Scientific memoirs by medical officers of the Army of India - Part VIII,
Year: 1894
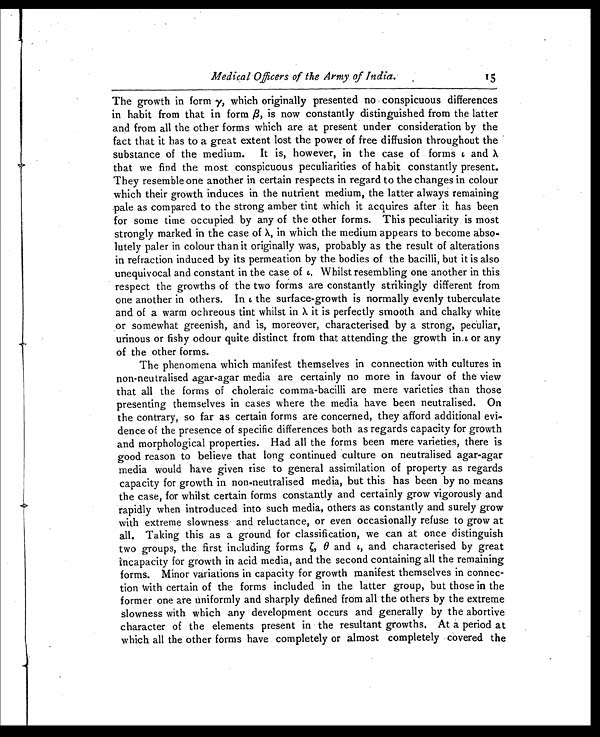
Medical Officers of the Army of India.
1 5
The growth in form γ, which originally presented no conspicuous differences
in habit from that in form β is now constantly distinguished from the latter
and from all the other forms which are at present under consideration by the
fact that it has to a great extent lost the power of free diffusion throughout the
substance of the medium. It is, however, in the case of forms ι and λ
that we find the most.conspicuous peculiarities of habit constantly present.
They resemble one another in certain respects in regard to the changes in colour
which their growth induces in the nutrient medium, the latter always remaining
pale as compared to the strong amber tint which it acquires after it has been
for some time occupied by any of the other forms. This peculiarity is most
strongly marked in the case of λ, in which the medium appears to become abso-
lutely paler in colour than it originally was, probably as the result of alterations
in refraction induced by its permeation by the bodies of the bacilli, but it is also
unequivocal and constant in the case of ι. Whilst resembling one another in this
respect the growths of the two forms are constantly strikingly different from
one another in others. In ι the surface-growth is normally evenly tuberculate
and of a warm ochreous tint whilst in λ it is perfectly smooth and chalky white
or somewhat greenish, and is, moreover, characterised by a strong, peculiar,
urinous or fishy odour quite distinct from that attending the growth in ι or any
of the other forms.
The phenomena which manifest themselves in connection with cultures in
non-neutralised agar-agar media are certainly no more in favour of the view
that all the forms of choleraic comma-bacilli are mere varieties than those
presenting themselves in cases where the media have been neutralised. On
the contrary, so far as certain forms are concerned, they afford additional evi-
dence of the presence of specific differences both as regards capacity for growth
and morphological properties. Had all the forms been mere varieties, there is
good reason to believe that long continued culture on neutralised agar-agar
media would have given rise to general assimilation of property as regards
capacity for growth in non-neutralised media, but this has been by no means
the case, for whilst certain forms constantly and certainly grow vigorously and
rapidly when introduced into such media, others as constantly and surely grow
with extreme slowness and reluctance, or even occasionally refuse to grow at
all. Taking this as a ground for classification, we can at once distinguish
two groups, the first including formsζ θ
a n d
ι ,
a n d c h a r a c t e r i s e d b y g r e a t
incapacity for growth in acid media, and the second containing all the remaining
forms. Minor variations in capacity for growth manifest themselves in connec-
tion with certain of the forms included in the latter group, but those in the
former one are uniformly and sharply defined from all the others by the extreme
slowness with which any development occurs and generally by the abortive
character of the elements present in the resultant growths. At a period at
which all the other forms have completely or almost completely covered the